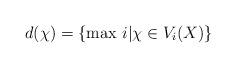
LaTeX: \begin{align*}d(\chi)=\{ {\rm max}\ i \vert \chi \in V_i(X)\}\end{align*}